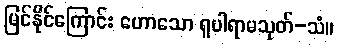
မြင်နိုင်ကြောင်း ဟောသော ရူပါရာမသုတ်-သံ။